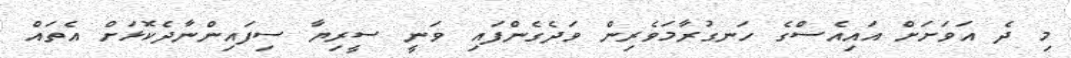
މި ދެ އަވަށަށް އައިއެސްގެ ހަނގުރާމަވެރިން ވަދެގެންފައި ވަނީ ސީރިޔާ ސިފައިންނާދެކޮޅަށް އެތައް